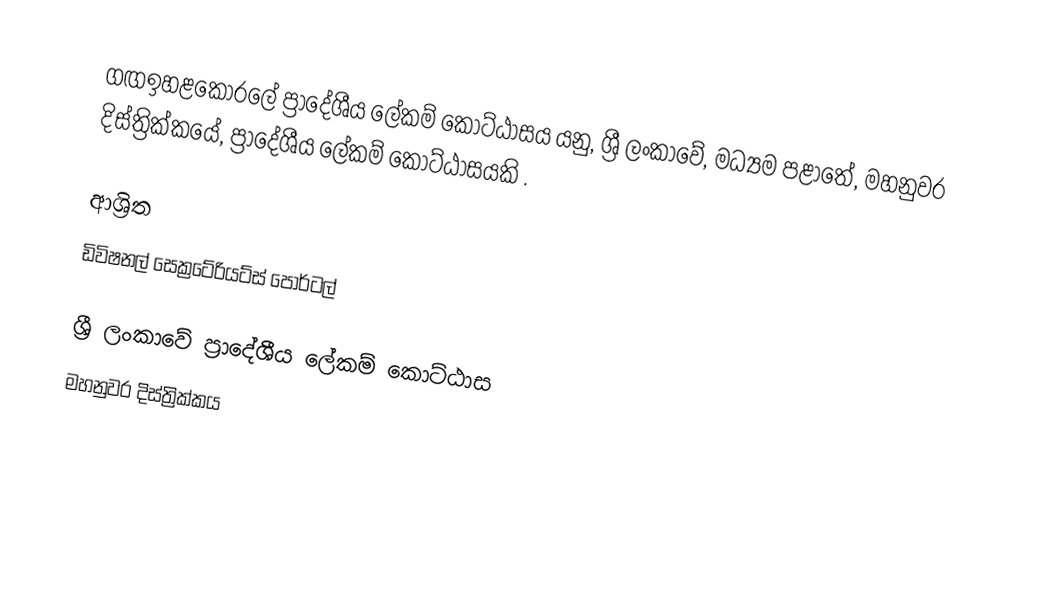
ගඟඉහළකෝරලේ ප්‍රාදේශීය ලේකම් කොට්ඨාසය යනු,  ශ්‍රී ලංකාවේ, මධ්‍යම පළාතේ,   මහනුවර දිස්ත්‍රික්කයේ, ප්‍රාදේශීය ලේකම් කොට්ඨාසයකි .

ආශ්‍රිත
 ඩිවිෂනල් සෙක්‍රටේරියට්ස් පෝර්ටල්

ශ්‍රී ලංකාවේ ප්‍රාදේශීය ලේකම් කොට්ඨාස
මහනුවර දිස්ත්‍රික්කය